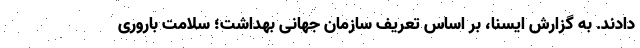
دادند. به گزارش ایسنا، بر اساس تعریف سازمان جهانی بهداشت؛ سلامت باروری